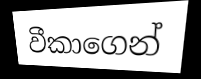
වීකාගෙන්